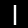
Label: 1